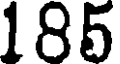
185